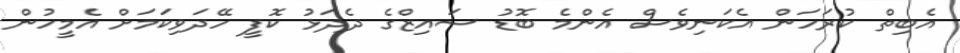
އެބިތް ކުރަހަން އެކަނިވެސް އެންމެ ބޮޑު ސައިޒްގެ ދެދަޅު ކޮފީ ހޭދަވިކަމަށް އެމީހުން